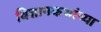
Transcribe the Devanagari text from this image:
विज्ञानकथांच्या